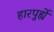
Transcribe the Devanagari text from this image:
हारपुर्ह्ये